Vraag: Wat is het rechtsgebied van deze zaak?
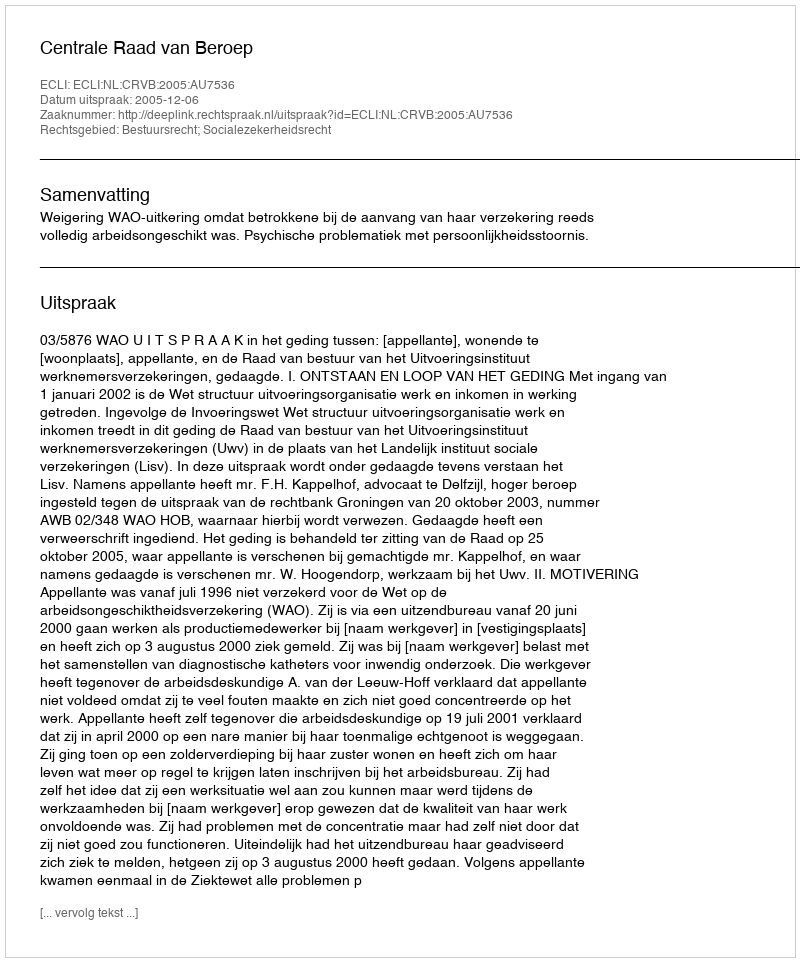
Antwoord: Bestuursrecht; Socialezekerheidsrecht